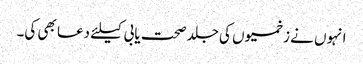
انہوں نے زخمیوں کی جلد صحت یابی کیلئے دعا بھی کی۔